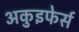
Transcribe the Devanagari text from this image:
अकुइफेर्स